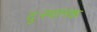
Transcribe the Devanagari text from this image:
दुःस्थानक